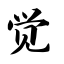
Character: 觉